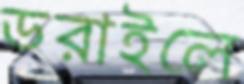
ডরাইলে